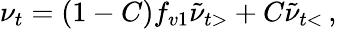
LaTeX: \nu_{t}=(1-C)f_{v1}\tilde{\nu}_{t>}+C\tilde{\nu}_{t<}\, ,